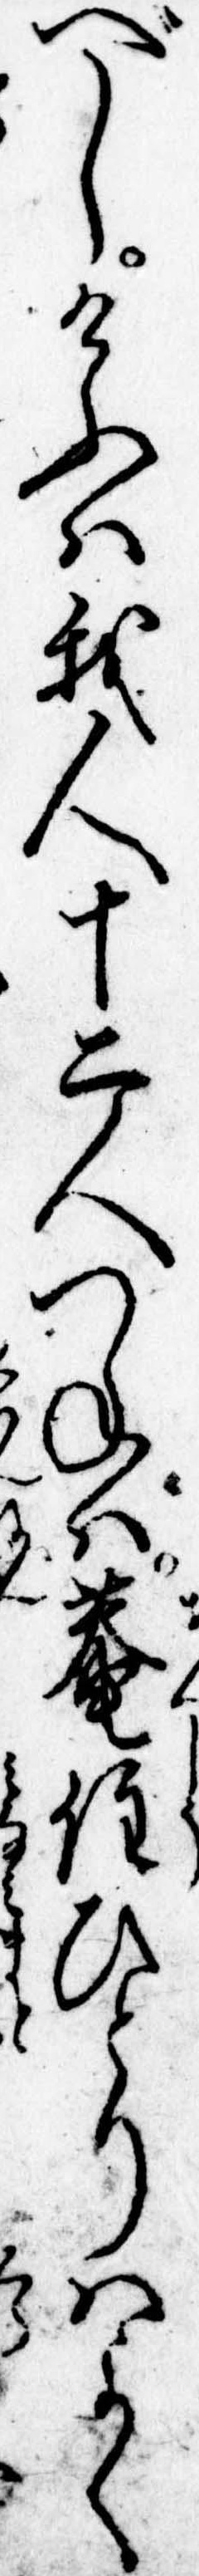
べしけふは我人十二人つねは庵住ひとりはよく